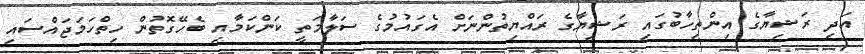
އަދި ރަޝިޔާގެ އިންތިހާބުގައި ރަޝިޔާގެ ރައްޔިތުންނަށް އެގައުމުގެ ސަލާމަތީ ކަންކަމާއި ބެހޭގޮތުން ހިތްހަމަޖައްސައި